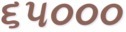
૬૫૦૦૦